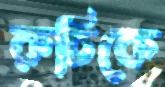
রুচিকে